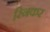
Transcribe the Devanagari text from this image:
स्निकर